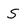
Character: S